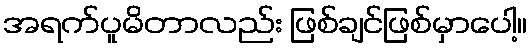
အရက်ပူမိတာလည်း ဖြစ်ချင်ဖြစ်မှာပေါ့။